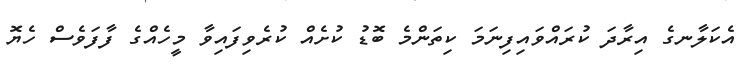
އެކަލާނގެ އިރާދަ ކުރައްވައިފިނަމަ ކިތަންމެ ބޮޑު ކުށެއް ކުރެވިފައިވާ މީހެއްގެ ފާފަވެސް ހެޔޮ